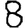
Digit: 8